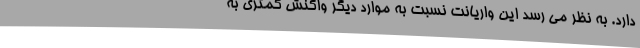
دارد. به نظر می رسد این واریانت نسبت به موارد دیگر واکنش کمتری به